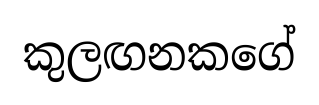
කුලඟනකගේ